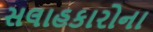
સલાહકારોના